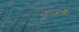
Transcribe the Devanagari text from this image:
झटकोँ